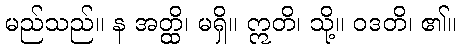
မည်သည်။ န အတ္ထိ၊ မရှိ။ ဣတိ၊ သို့။ ဝဒတိ၊ ၏။